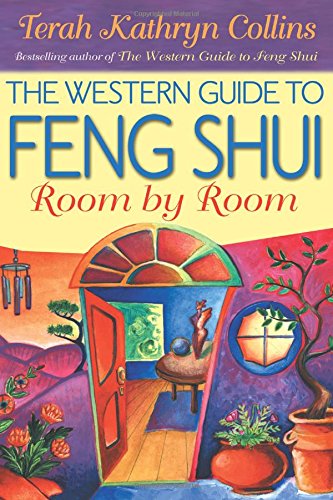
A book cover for The Western Guide to Feng Shui: Room by Room; Terah Kathryn Collins; Religion & Spirituality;